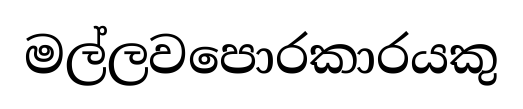
මල්ලවපොරකාරයකු